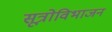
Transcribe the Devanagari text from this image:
सूत्रोविभाजन